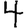
Digit: 4